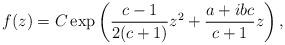
LaTeX: \begin{align*}f(z)=C\exp\left(\frac{c-1}{2(c+1)}z^2+\frac{a+ibc}{c+1}z\right),\end{align*}